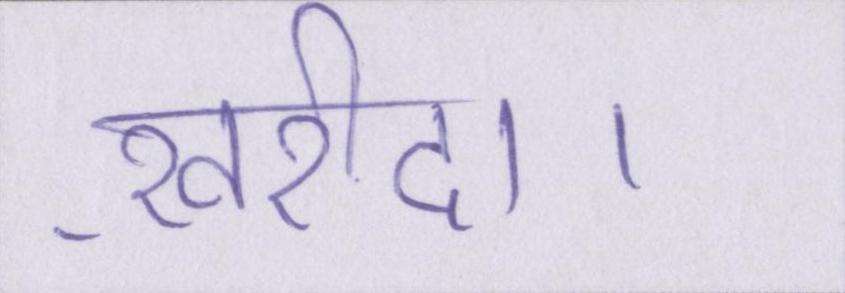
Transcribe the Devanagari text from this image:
ख़रीदा।